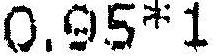
0.95*1